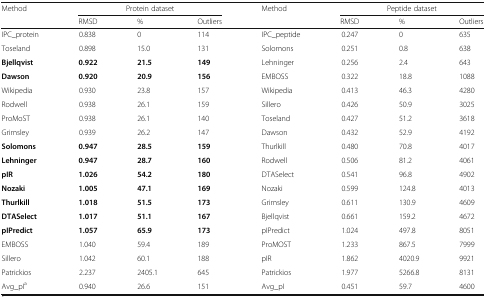
<table><thead><tr><td rowspan="2"><b>Method</b></td><td colspan="3"><b>Protein dataset</b></td><td rowspan="2"><b>Method</b></td><td colspan="3"><b>Peptide dataset</b></td></tr><tr><td><b>RMSD</b></td><td><b>%</b></td><td><b>Outliers</b></td><td><b>RMSD</b></td><td><b>%</b></td><td><b>Outliers</b></td></tr></thead><tbody><tr><td>IPC_protein</td><td>0.838</td><td>0</td><td>114</td><td>IPC_peptide</td><td>0.247</td><td>0</td><td>635</td></tr><tr><td>Toseland</td><td>0.898</td><td>15.0</td><td>131</td><td>Solomons</td><td>0.251</td><td>0.8</td><td>638</td></tr><tr><td><b>Bjellqvist</b></td><td><b>0.922</b></td><td><b>21.5</b></td><td><b>149</b></td><td>Lehninger</td><td>0.256</td><td>2.4</td><td>643</td></tr><tr><td><b>Dawson</b></td><td><b>0.920</b></td><td><b>20.9</b></td><td><b>156</b></td><td>EMBOSS</td><td>0.322</td><td>18.8</td><td>1088</td></tr><tr><td>Wikipedia</td><td>0.930</td><td>23.8</td><td>157</td><td>Wikipedia</td><td>0.413</td><td>46.3</td><td>4280</td></tr><tr><td>Rodwell</td><td>0.938</td><td>26.1</td><td>159</td><td>Sillero</td><td>0.426</td><td>50.9</td><td>3025</td></tr><tr><td>ProMoST</td><td>0.938</td><td>26.1</td><td>140</td><td>Toseland</td><td>0.427</td><td>51.2</td><td>3618</td></tr><tr><td>Grimsley</td><td>0.939</td><td>26.2</td><td>147</td><td>Dawson</td><td>0.432</td><td>52.9</td><td>4192</td></tr><tr><td><b>Solomons</b></td><td><b>0.947</b></td><td><b>28.5</b></td><td><b>159</b></td><td>Thurlkill</td><td>0.480</td><td>70.8</td><td>4017</td></tr><tr><td><b>Lehninger</b></td><td><b>0.947</b></td><td><b>28.7</b></td><td><b>160</b></td><td>Rodwell</td><td>0.506</td><td>81.2</td><td>4061</td></tr><tr><td><b>pIR</b></td><td><b>1.026</b></td><td><b>54.2</b></td><td><b>180</b></td><td>DTASelect</td><td>0.541</td><td>96.8</td><td>4902</td></tr><tr><td><b>Nozaki</b></td><td><b>1.005</b></td><td><b>47.1</b></td><td><b>169</b></td><td>Nozaki</td><td>0.599</td><td>124.8</td><td>4013</td></tr><tr><td><b>Thurlkill</b></td><td><b>1.018</b></td><td><b>51.5</b></td><td><b>173</b></td><td>Grimsley</td><td>0.611</td><td>130.9</td><td>4609</td></tr><tr><td><b>DTASelect</b></td><td><b>1.017</b></td><td><b>51.1</b></td><td><b>167</b></td><td>Bjellqvist</td><td>0.661</td><td>159.2</td><td>4672</td></tr><tr><td><b>pIPredict</b></td><td><b>1.057</b></td><td><b>65.9</b></td><td><b>173</b></td><td>pIPredict</td><td>1.024</td><td>497.8</td><td>8051</td></tr><tr><td>EMBOSS</td><td>1.040</td><td>59.4</td><td>189</td><td>ProMOST</td><td>1.233</td><td>867.5</td><td>7999</td></tr><tr><td>Sillero</td><td>1.042</td><td>60.1</td><td>188</td><td>pIR</td><td>1.862</td><td>4020.9</td><td>9921</td></tr><tr><td>Patrickios</td><td>2.237</td><td>2405.1</td><td>645</td><td>Patrickios</td><td>1.977</td><td>5266.8</td><td>8131</td></tr><tr><td>Avg_pI<sup>a</sup></td><td>0.940</td><td>26.6</td><td>151</td><td>Avg_pI</td><td>0.451</td><td>59.7</td><td>4600</td></tr></tbody></table>